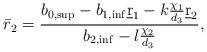
LaTeX: \begin{align*} \bar r_2=\frac{b_{0,\sup}-b_{1,\inf}\underbar r_1-k\frac{\chi_1}{d_3}\underbar r_2}{b_{2,\inf}-l\frac{\chi_2}{d_3}},\end{align*}